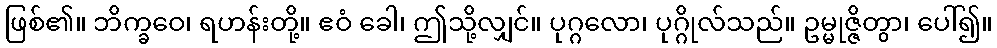
ဖြစ်၏။ ဘိက္ခဝေ၊ ရဟန်းတို့။ ဧဝံ ခေါ၊ ဤသို့လျှင်။ ပုဂ္ဂလော၊ ပုဂ္ဂိုလ်သည်။ ဥမ္မုဇ္ဇိတွာ၊ ပေါ်၍။